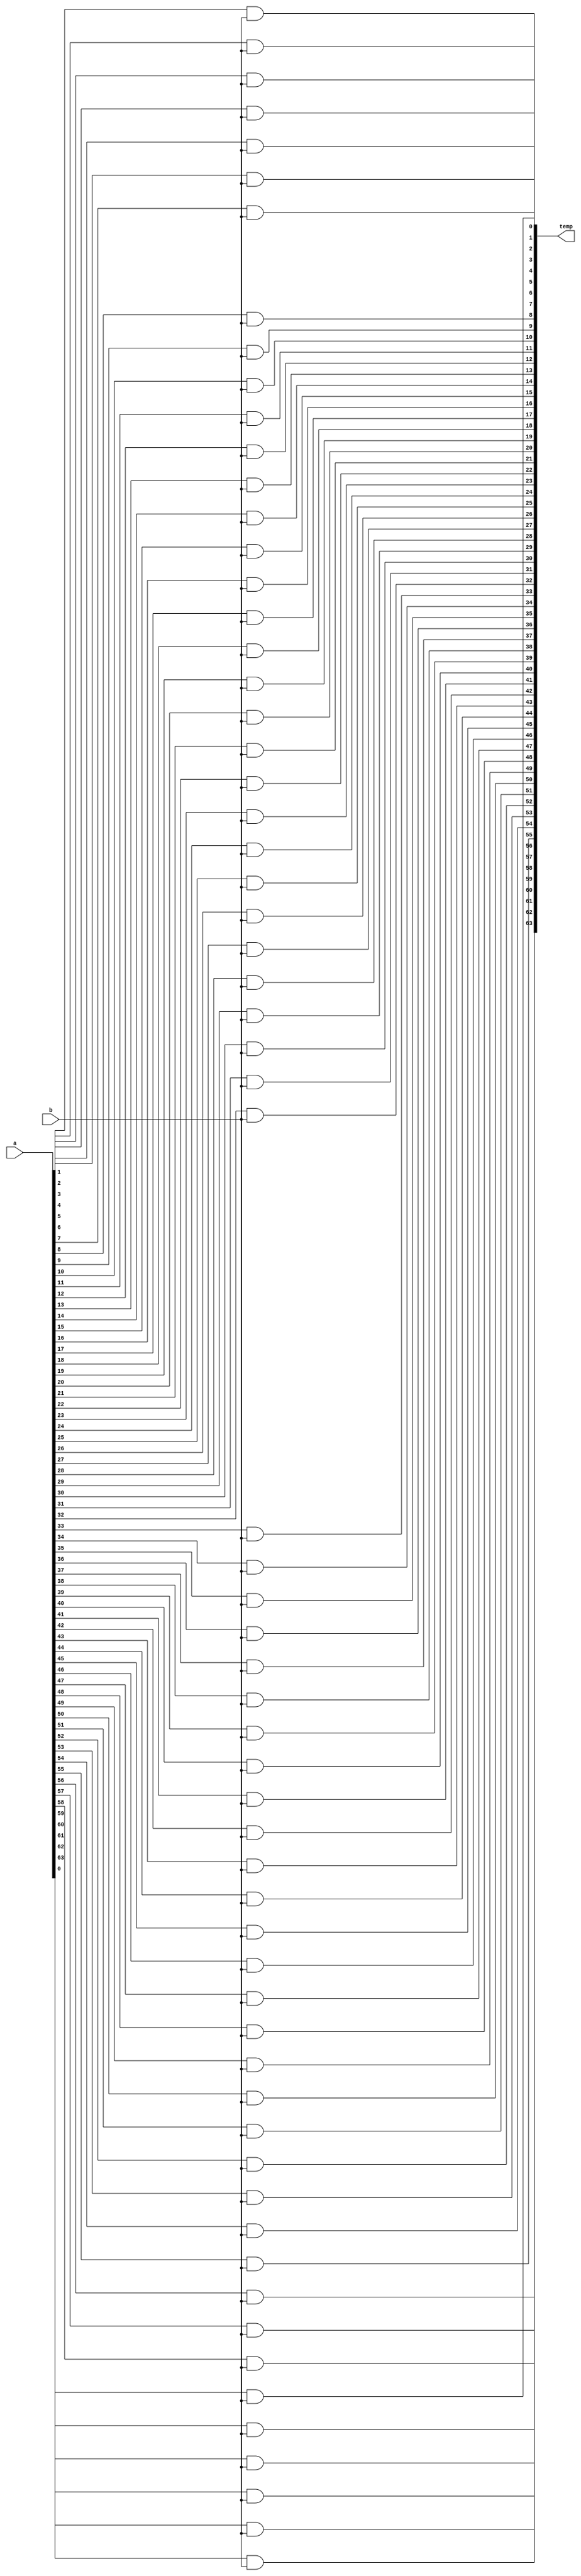

module multip( a, b, temp );

input [63:0] a;
input b;
output [63:0] temp;


and( temp[0], a[0], b );
and( temp[1], a[1], b );
and( temp[2], a[2], b );
and( temp[3], a[3], b );
and( temp[4], a[4], b );
and( temp[5], a[5], b );
and( temp[6], a[6], b );
and( temp[7], a[7], b );
and( temp[8], a[8], b );
and( temp[9], a[9], b );
and( temp[10], a[10], b );
and( temp[11], a[11], b );
and( temp[12], a[12], b );
and( temp[13], a[13], b );
and( temp[14], a[14], b );
and( temp[15], a[15], b );
and( temp[16], a[16], b );
and( temp[17], a[17], b );
and( temp[18], a[18], b );
and( temp[19], a[19], b );
and( temp[20], a[20], b );
and( temp[21], a[21], b );
and( temp[22], a[22], b );
and( temp[23], a[23], b );
and( temp[24], a[24], b );
and( temp[25], a[25], b );
and( temp[26], a[26], b );
and( temp[27], a[27], b );
and( temp[28], a[28], b );
and( temp[29], a[29], b );
and( temp[30], a[30], b );
and( temp[31], a[31], b );
and( temp[32], a[32], b );
and( temp[33], a[33], b );
and( temp[34], a[34], b );
and( temp[35], a[35], b );
and( temp[36], a[36], b );
and( temp[37], a[37], b );
and( temp[38], a[38], b );
and( temp[39], a[39], b );
and( temp[40], a[40], b );
and( temp[41], a[41], b );
and( temp[42], a[42], b );
and( temp[43], a[43], b );
and( temp[44], a[44], b );
and( temp[45], a[45], b );
and( temp[46], a[46], b );
and( temp[47], a[47], b );
and( temp[48], a[48], b );
and( temp[49], a[49], b );
and( temp[50], a[50], b );
and( temp[51], a[51], b );
and( temp[52], a[52], b );
and( temp[53], a[53], b );
and( temp[54], a[54], b );
and( temp[55], a[55], b );
and( temp[56], a[56], b );
and( temp[57], a[57], b );
and( temp[58], a[58], b );
and( temp[59], a[59], b );
and( temp[60], a[60], b );
and( temp[61], a[61], b );
and( temp[62], a[62], b );
and( temp[63], a[63], b );

endmodule
//


module multiplier( a, b, multi_out, clk, reset, signal );

input clk, reset;
input [31:0] a, b;
input [2:0] signal;
output [63:0] multi_out;

wire [63:0] result_1b;
reg [63:0] multi_out, mul_1b, multiplicand;
reg [31:0] multip_1b;


always @( a or b )
  begin
   multiplicand = a;
   multip_1b = b;
  end

multip multip0( multiplicand, multip_1b[0], result_1b );

always @(posedge reset)
  begin
    multi_out = 64'd0;
  end

always @(posedge clk)
  begin
  if ( signal == 3'b000 )
    begin
      mul_1b = result_1b ;
      multiplicand = multiplicand << 1 ;
      multip_1b = multip_1b >> 1;

      multi_out = multi_out + mul_1b;
    end
  else
    begin
	  multi_out = 64'd0;
	end
  end


endmodule